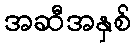
အဆီအနှစ်